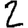
Digit: 2